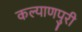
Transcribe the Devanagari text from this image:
कल्याणपुरी